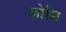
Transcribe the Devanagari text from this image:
कोर्रस